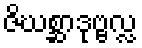
ဇိဃစ္ဆာဒုဗ္ဗလ္လ